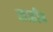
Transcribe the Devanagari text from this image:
साहीब